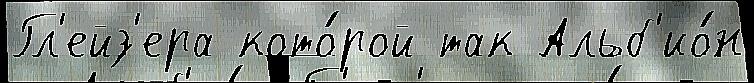
Гл'ейз'ера кото́рой так Альб'ио́н